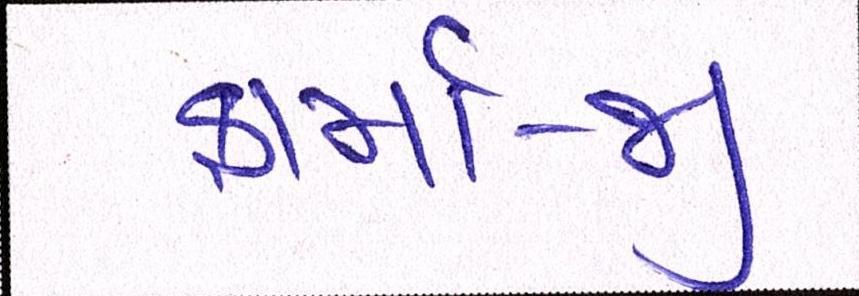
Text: ફાર્મા-જી